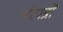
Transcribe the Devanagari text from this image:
श्रीपत्रों